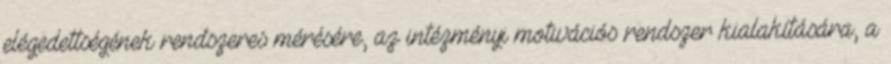
elégedettségének rendszeres mérésére, az intézményi motivációs rendszer kialakítására, a